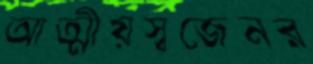
আত্মীয়স্বজেনর